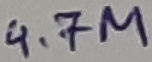
Text: 4.7M